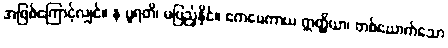
အဖြစ်ကြောင့်လျှင်။ န ပူရတိ၊ မပြည့်နိုင်။ ဧကမေကာယ ဣတ္ထိယာ၊ တစ်ယောက်သော